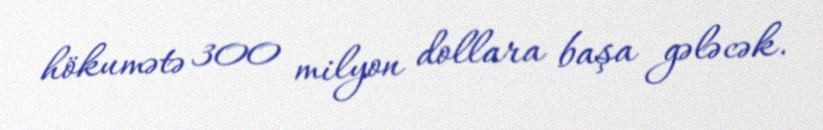
hökumətə 300 milyon dollara başa gələcək.